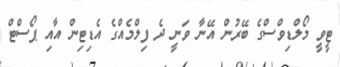
ޓީވީ މޯލްޑިވްސްގެ ބޭރުން އޭނާ ވަނީ ދެ ފިލްމެއްގެ އެޑިޓިން އާއި ޕޯސްޓް